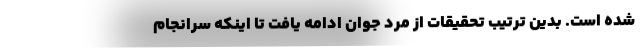
شده است. بدین ترتیب تحقیقات از مرد جوان ادامه یافت تا اینکه سرانجام